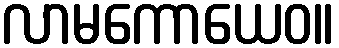
လာမကောယေဝ။